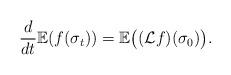
LaTeX: \begin{align*}\frac{d}{dt}\mathbb{E}(f(\sigma_{t}))=\mathbb{E}\big((\mathcal{L}f)(\sigma_{0})\big).\end{align*}